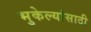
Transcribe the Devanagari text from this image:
भुकेल्यांसाठी